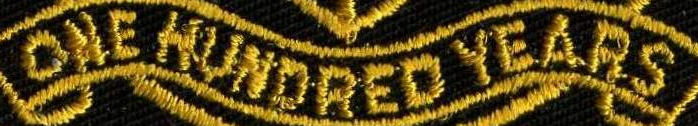
ONE HUNDRED YEARS